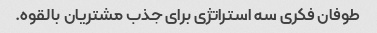
طوفان فکری سه استراتژی برای جذب مشتریان بالقوه.